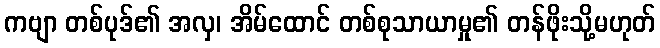
ကဗျာ တစ်ပုဒ်၏ အလှ၊ အိမ်ထောင် တစ်စုသာယာမှု၏ တန်ဖိုးသို့မဟုတ်